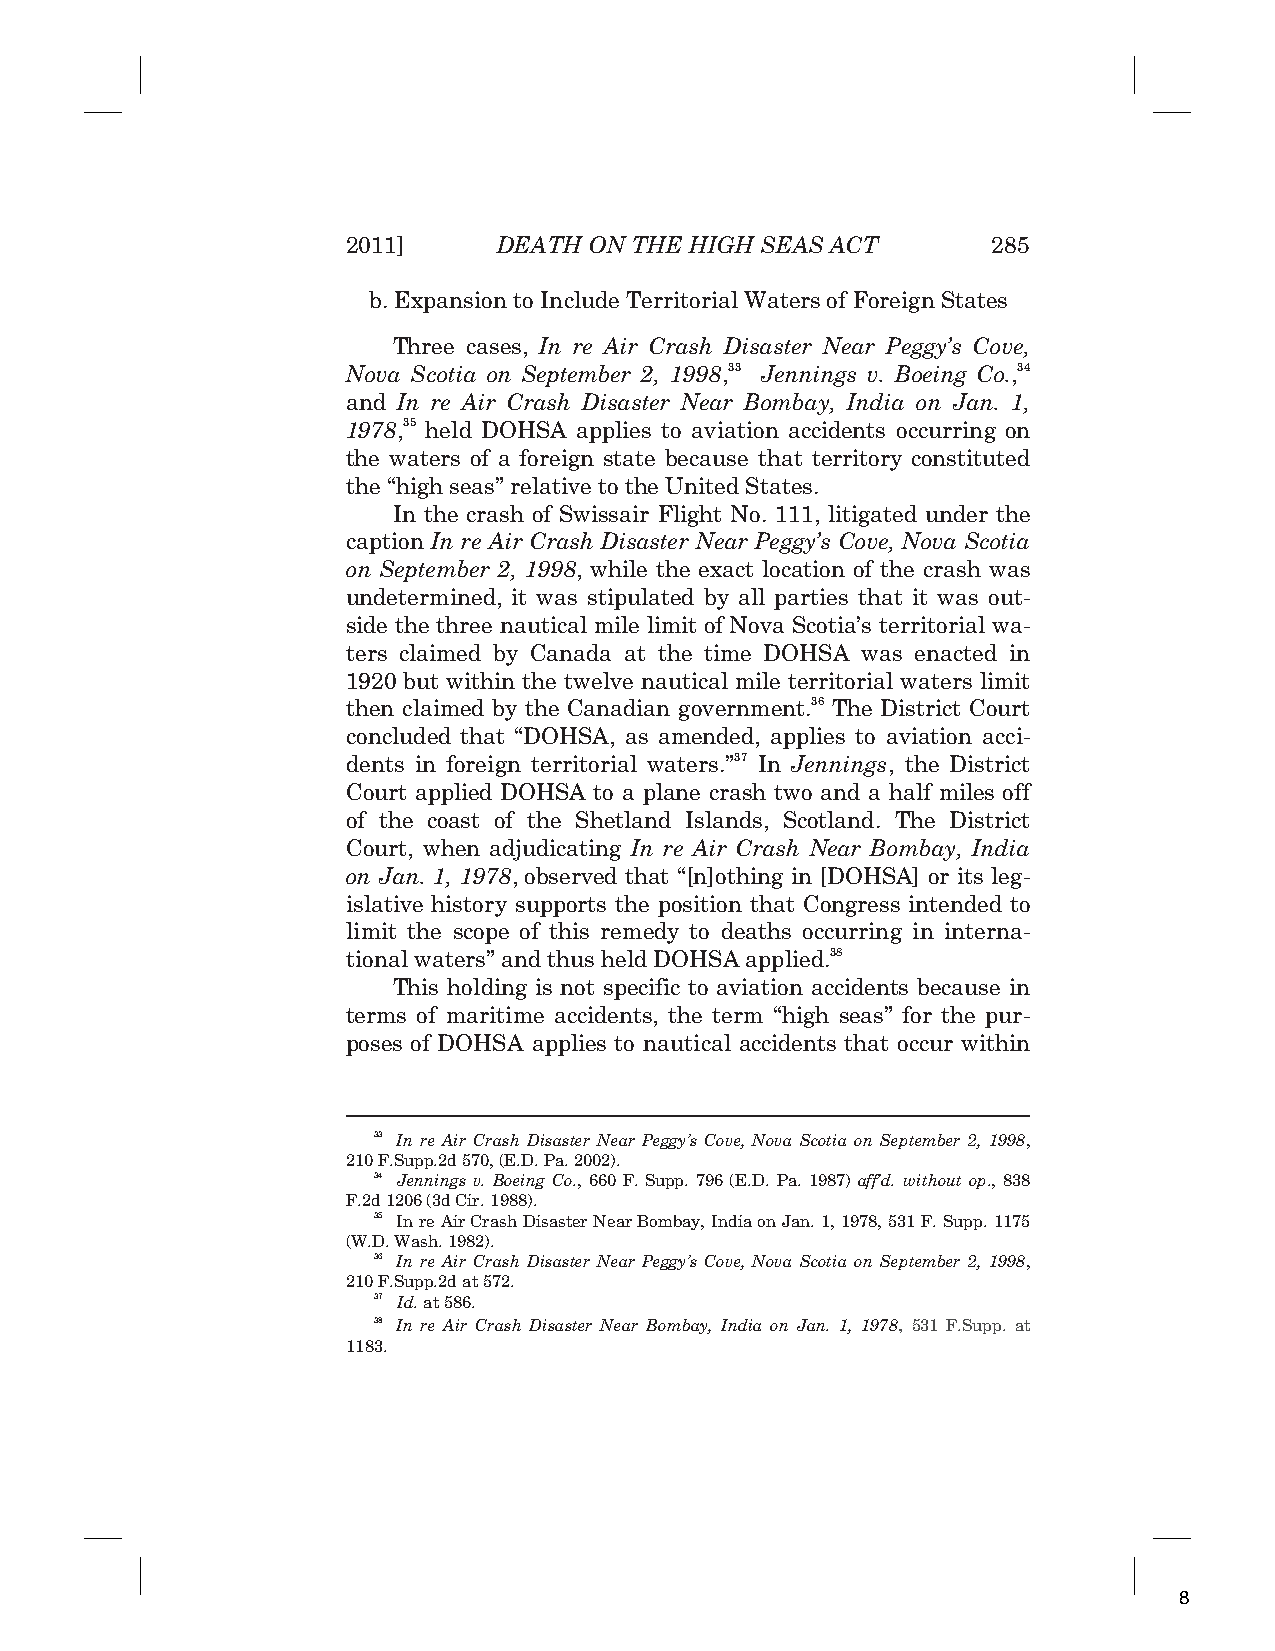
2011]     DEATH ON THE HIGH SEAS ACT       285
 b. Expansion to Include Territorial Waters of Foreign States
 Three cases, In re Air Crash Disaster Near Peggy’s Cove,
 Nova Scotia on September 2, 1998,33 Jennings v. Boeing Co.,34
 and In re Air Crash Disaster Near Bombay, India on Jan. 1,
 1978,35 held DOHSA applies to aviation accidents occurring on
 the waters of a foreign state because that territory constituted
 the “high seas” relative to the United States.
 In the crash of Swissair Flight No. 111, litigated under the
 caption In re Air Crash Disaster Near Peggy’s Cove, Nova Scotia
 on September 2, 1998, while the exact location of the crash was
 undetermined, it was stipulated by all parties that it was out-
 side the three nautical mile limit of Nova Scotia’s territorial wa-
 ters claimed by Canada at the time DOHSA was enacted in
 1920 but within the twelve nautical mile territorial waters limit
 then claimed by the Canadian government.36 The District Court
 concluded that “DOHSA, as amended, applies to aviation acci-
 dents in foreign territorial waters.”37 In Jennings, the District
 Court applied DOHSA to a plane crash two and a half miles off
 of the coast of the Shetland Islands, Scotland. The District
 Court, when adjudicating In re Air Crash Near Bombay, India
 on Jan. 1, 1978, observed that “[n]othing in [DOHSA] or its leg-
 islative history supports the position that Congress intended to
 limit the scope of this remedy to deaths occurring in interna-
 tional waters” and thus held DOHSA applied.38
 This holding is not specific to aviation accidents because in
 terms of maritime accidents, the term “high seas” for the pur-
 poses of DOHSA applies to nautical accidents that occur within
 33 In re Air Crash Disaster Near Peggy’s Cove, Nova Scotia on September 2, 1998,
 210 F.Supp.2d 570, (E.D. Pa. 2002).
 34 Jennings v. Boeing Co., 660 F. Supp. 796 (E.D. Pa. 1987) aff’d. without op., 838
 F.2d 1206 (3d Cir. 1988).
 35 In re Air Crash Disaster Near Bombay, India on Jan. 1, 1978, 531 F. Supp. 1175
 (W.D. Wash. 1982).
 36 In re Air Crash Disaster Near Peggy’s Cove, Nova Scotia on September 2, 1998,
 210 F.Supp.2d at 572.
 37 Id. at 586.
 38 In re Air Crash Disaster Near Bombay, India on Jan. 1, 1978, 531 F.Supp. at
 1183.
 8